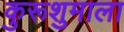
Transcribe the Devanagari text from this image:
कुरूशुमाला